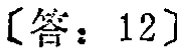
[答：12]